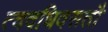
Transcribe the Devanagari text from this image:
त्वदधिवसतौ